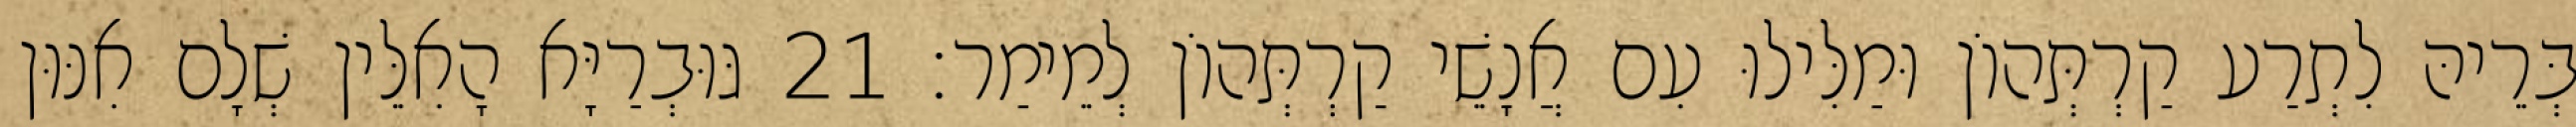
בְּרֵיהּ לִתְרַע קַרְתְּהוֹן וּמַלִּילוּ עִם אֲנָשֵׁי קַרְתְּהוֹן לְמֵימַר׃ 21 גּוּבְרַיָּא הָאִלֵּין שְׁלָם אִנּוּן